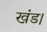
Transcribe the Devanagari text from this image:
खंड।